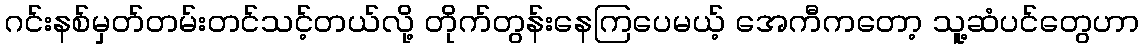
ဂင်းနစ်မှတ်တမ်းတင်သင့်တယ်လို့ တိုက်တွန်းနေကြပေမယ့် အေကီကတော့ သူ့ဆံပင်တွေဟာ